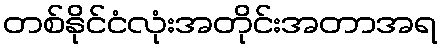
တစ်နိုင်ငံလုံးအတိုင်းအတာအရ